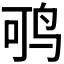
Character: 𬸂